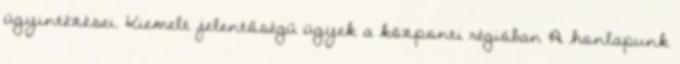
ügyintézései. Kiemelt jelentőségű ügyek a központi régióban A honlapunk